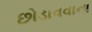
છોડાવવાના